Lunatic asylums Central Provinces reports 1886-1894 - 1886-1894
Year: 1886
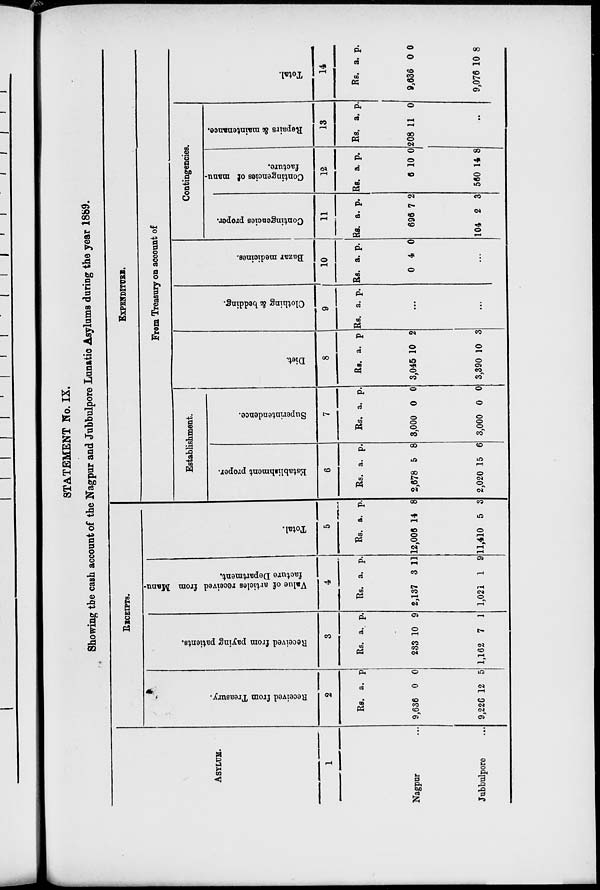
STATEMENT No. IX.
Showing the cash account of the Nagpur and Jubbulpore Lunatic Asylums during the year 1889.
ASYLUM.
1
Nagpur ...
Jubbulpore ...
RECEIPTS.
Received from Treasury.
2
Rs.
9,636
9,226
a.
0
12
p.
0
5
Received from paying patients.
3
Rs.
233
1,162
a.
10
7
p.
9
1
Value of articles received from Manu-
facture Department.
4
Rs.
2,137
1,021
a.
3
1
p.
11
9
Total.
5
Rs.
12,006
11,410
a.
14
5
p.
8
3
EXPENDITURE.
From Treasury on account of
Establishment.
Establishment proper.
6
Rs.
2,678
2,020
a.
5
15
p.
8
6
Superintendence.
7
Rs.
3,000
3,000
a.
0
0
p.
0
0
Diet.
8
Rs.
3,045
3,390
a.
10
10
p.
2
3
Clothing & bedding.
9
Rs. a. p.
...
...
Bazar medicines.
10
Rs.
0
a.
4
p.
0
...
Contingencies.
Contingencies proper.
11
Rs.
696
104
a.
7
2
p.
2
3
Contingencies of manu-
facture.
12
Rs.
6
560
a.
10
14
p.
0
8
Repairs & maintenance.
13
Rs.
208
a.
11
p.
0
...
Total.
14
Rs.
9,636
9,076
a.
0
10
p.
0
8